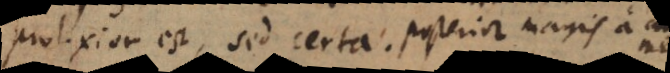
prolixior est, sed certa. Posterior magis a